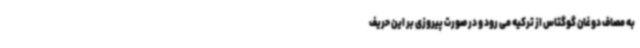
به مصاف دوغان گوگتاس از ترکیه می رود و در صورت پیروزی بر این حریف